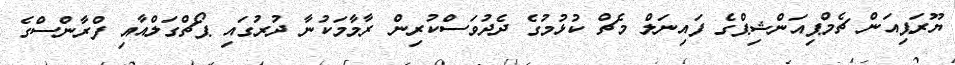
ޔޫރަޕިއަން ޗެމްޕިއަންޝިޕްގެ ފައިނަލް މެޗް ކުޅުމުގެ ދެދުވަސްކުރިން ރާމާމަކުނާ ދުރުގައި ޕޯޗްގަލްއާއި ފްރާންސްގެ